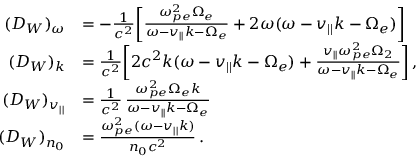
\begin{array} { r l } { ( D _ { W } ) _ { \omega } } & { = - \frac { 1 } { c ^ { 2 } } \bigg [ \frac { \omega _ { p e } ^ { 2 } \Omega _ { e } } { \omega - v _ { | | } k - \Omega _ { e } } + 2 \omega ( \omega - v _ { | | } k - \Omega _ { e } ) \bigg ] } \\ { ( D _ { W } ) _ { k } } & { = \frac { 1 } { c ^ { 2 } } \bigg [ 2 c ^ { 2 } k ( \omega - v _ { | | } k - \Omega _ { e } ) + \frac { v _ { | | } \omega _ { p e } ^ { 2 } \Omega _ { 2 } } { \omega - v _ { | | } k - \Omega _ { e } } \bigg ] \, , } \\ { ( D _ { W } ) _ { v _ { | | } } } & { = \frac { 1 } { c ^ { 2 } } \, \frac { \omega _ { p e } ^ { 2 } \Omega _ { e } k } { \omega - v _ { | | } k - \Omega _ { e } } } \\ { ( D _ { W } ) _ { n _ { 0 } } } & { = \frac { \omega _ { p e } ^ { 2 } ( \omega - v _ { | | } k ) } { n _ { 0 } c ^ { 2 } } \, . } \end{array}